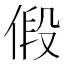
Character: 𪝒